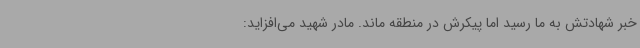
خبر شهادتش به ما رسید اما پیکرش در منطقه ماند. مادر شهید می‌افزاید: